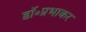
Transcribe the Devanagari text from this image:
डॉ॰प्रभाकर